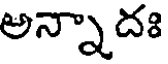
అన్నాదః